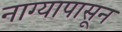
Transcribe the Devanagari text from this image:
नाग्यापासून